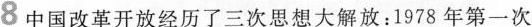
8 中国改革开放经历了三次思想大解放：1978年第一次